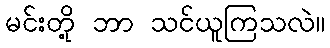
မင်းတို့ ဘာ သင်ယူကြသလဲ။